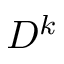
D ^ { k }